Eesti_Toorahva_Kommuun, lk 33
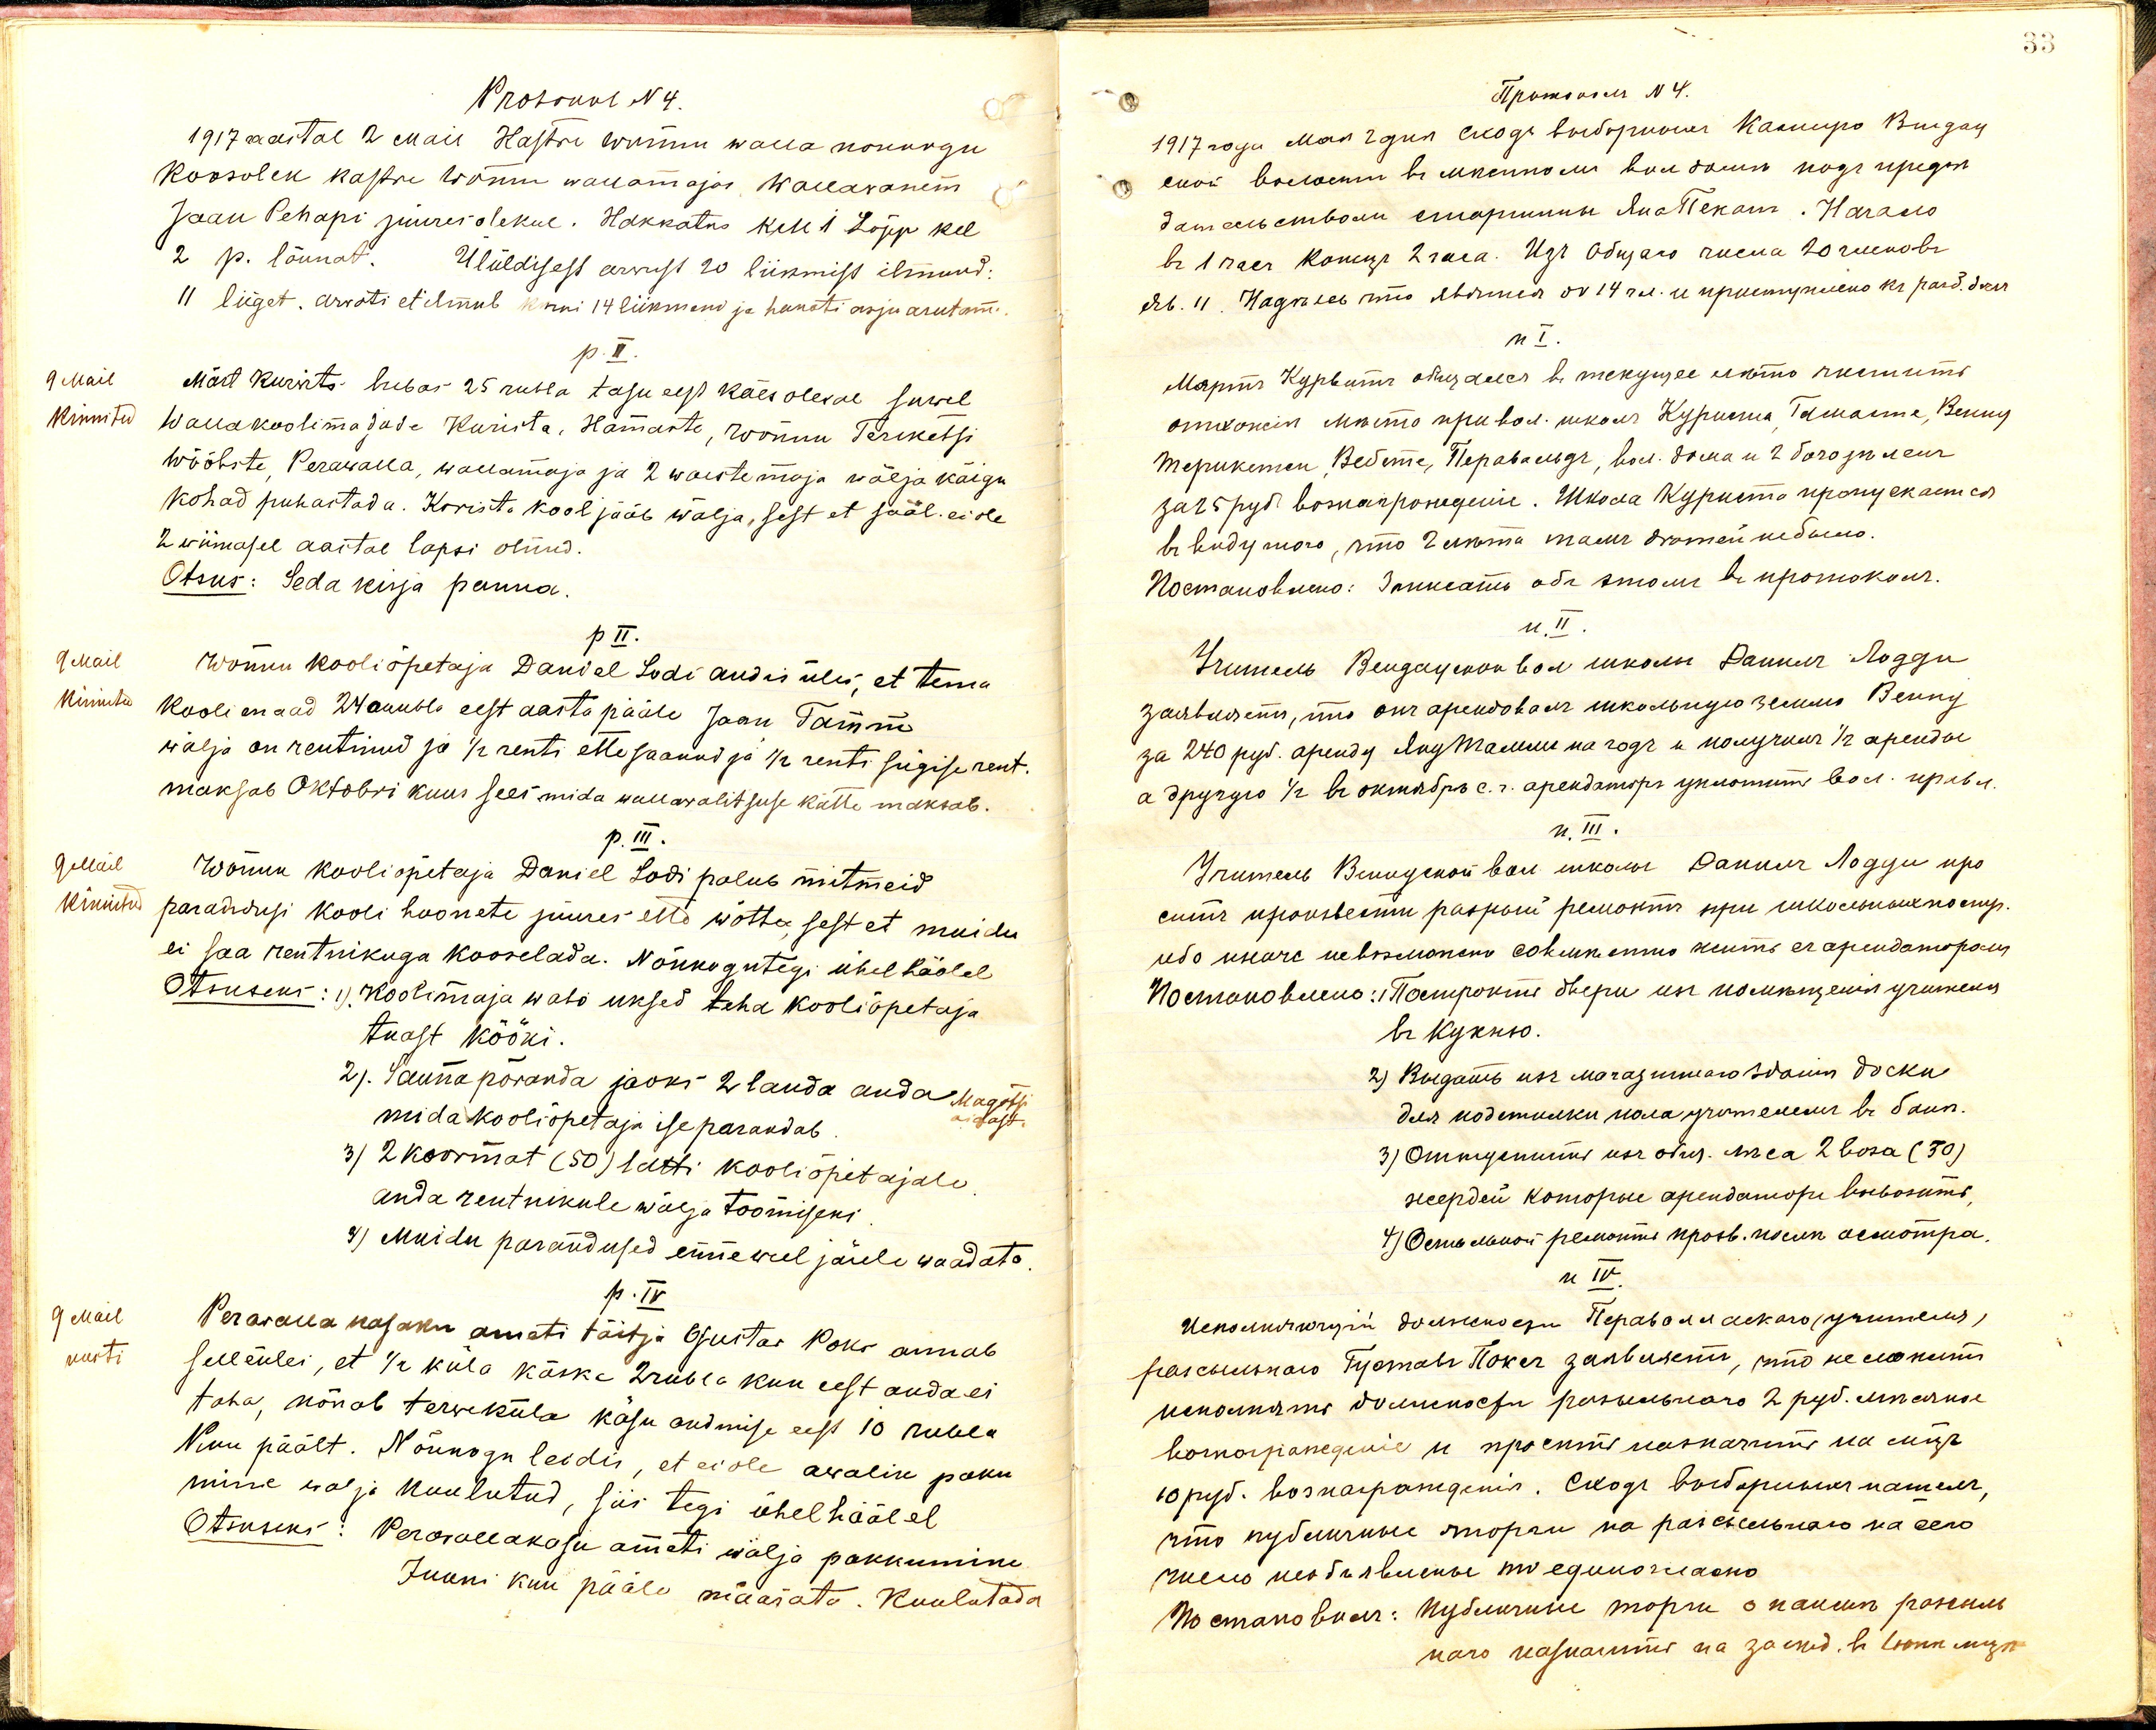
Protokol N4.
1917 aastal 2 Mail Kastre Wõnnu walla nõukogu
Koosolek Kastre Wõnnu wallamajas wallawanem
Jaan Pehapi juuresolekul. Hakkatus kell 1. Lõpp kel
2 p. lõunat. Ülüldisest arwust 20 liikmist ilmund:
11 liiget arwati et ilmub kunni 14 liikmeni ja hakati asja arutama.
p. II.
Märt Kurvits, lubas 25 rubla tasu eest käesolewal suwel
Wallakoolimajade Kurista, Hamaste, Wõnnu Terikessi
Wööbste, Perawalla, wallamaja ja 2 waestemaja wälja käigu
kohad puhastada. Kurista Kool jääb wälja, sest et sääl ei ole
2 wiimasel aastal lapsi olnud.
Otsus: Seda kirja panna.
p II.
Wõnnu kooliõpetaja Daniel Lodi andis üles, et tema
kooli maad 24 ruubla eest aasta pääle Jaan Tamm
wälja on rentinud ja 1/2 renti ette saanud ja 1/2 renti sügise rent.
maksab Oktobri kuus sees mida wallawalitsuse kätte maksab.
p. III.
Wõnnu kooliõpetaja Daniel Lodi palub mitmeid
kinnistud parandusi kooli hoonete juures ette wõtta, sest et muidu
ei saa rentnikuga kooselada. Nõukogu tegi ühel häälel
Otsuseks: 1). Koolimaja wali uksed teha kooliõpetaja
tuast kööki.
2). Sauna põranda jaoks 2 lauda anda Magsta.
mida kooliõpetaja ise parandab
3) 2 koormat (50) latti kooliõpetajale.
anda rentnikule wälja toomiseni
4) Muidu parandused enne weel järele waadata
p. IV
Perawalla kasaku ameti täitja Gustaw Poks annab
selleüles, et 1/2 küla käske 2 rubla kuu eest anda ei
taha, nõuab terwe küla käsu andmise eest 10 rubla
Kuu päält. Nõukogu leidis, et ei ole awalik paku
mine wälja kuulutud, siis tegi ühel häälel
Otsuseks: Perawallakogu ameti wälja pakkumine
Juuni kuu pääle määrata. Kuulutada